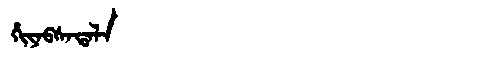
Manchu: ᡥᡳᠶᠠᠪᠰᠠᡨᠠᠯᠠ
Romanization: HIYABSATALA